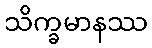
သိက္ခမာနဿ